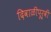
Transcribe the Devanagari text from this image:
दिवाळीपूर्वी